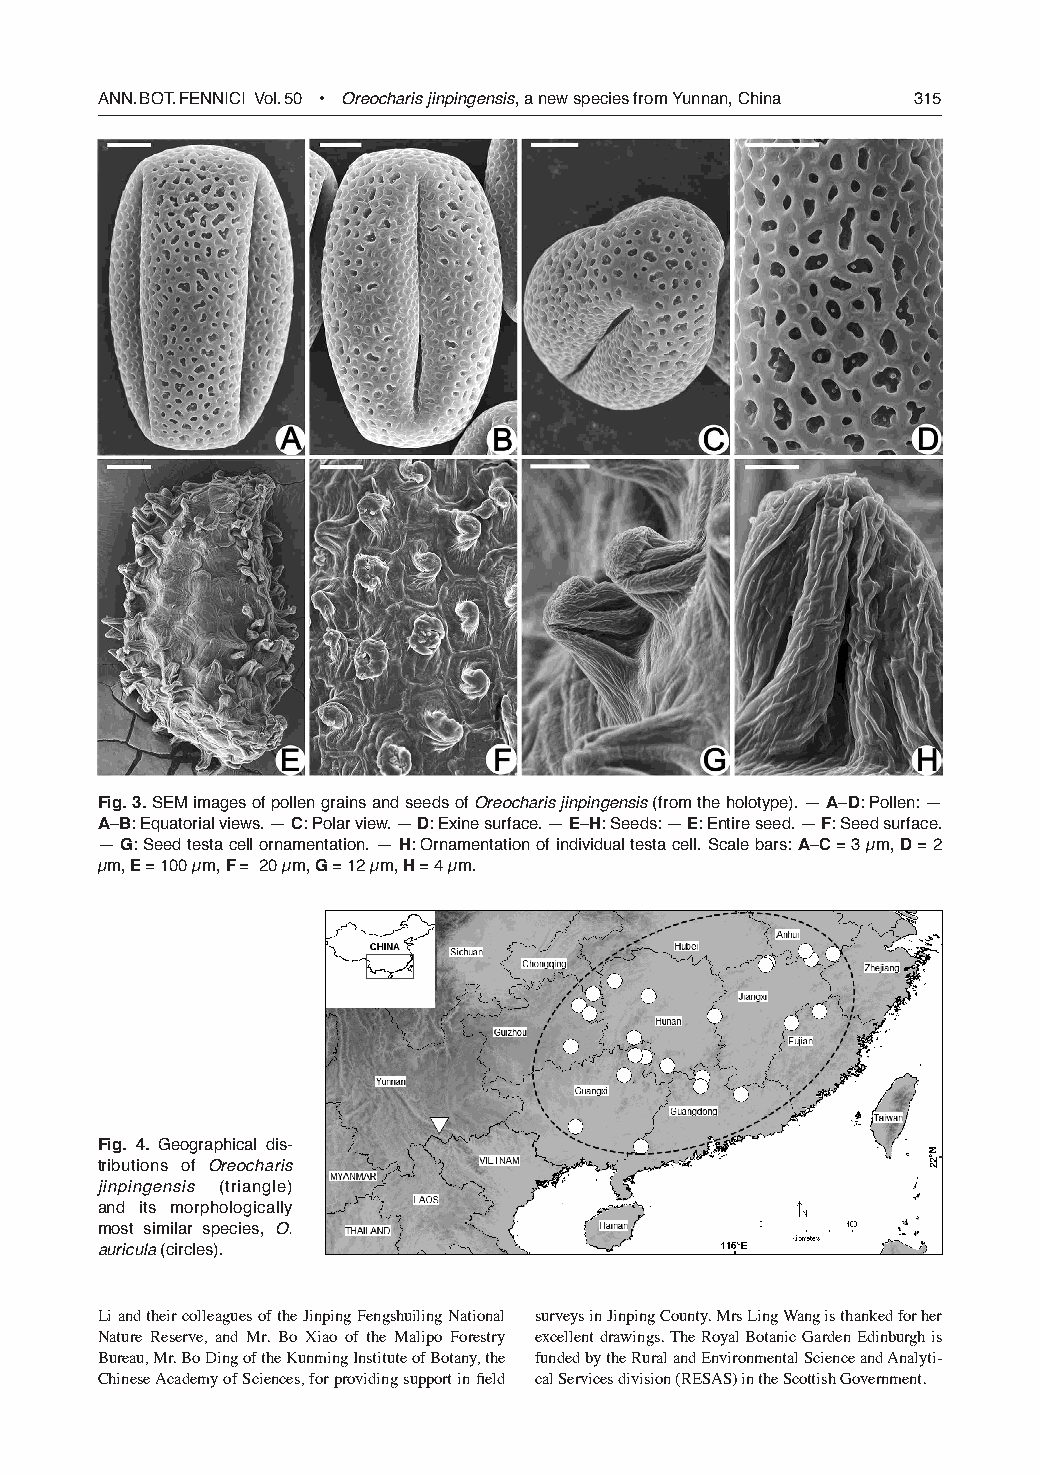
ANN. BOT. FeNNICI Vol. 50 • Oreocharis jinpingensis, a new species from Yunnan, China 315
 Fig. 3. SeM images of pollen grains and seeds of Oreocharis jinpingensis (from the holotype). — A–D: Pollen: —
 A–B: equatorial views. — C: Polar view. — D: exine surface. — E–H: Seeds: — E: entire seed. — F: Seed surface.
 — G: Seed testa cell ornamentation. — H: Ornamentation of individual testa cell. Scale bars: A–C = 3 µm, D = 2
 µm, E = 100 µm, F = 20 µm, G = 12 µm, H = 4 µm.
 Fig. 4. Geographical dis-
 tributions of Oreocharis
 jinpingensis (triangle)
 and its morphologically
 most similar species, O.
 auricula (circles).
 Li and their colleagues of the Jinping Fengshuiling National surveys in Jinping County. Mrs Ling Wang is thanked for her
 Nature Reserve, and Mr. Bo Xiao of the Malipo Forestry excellent drawings. The Royal Botanic Garden Edinburgh is
 Bureau, Mr. Bo Ding of the Kunming Institute of Botany, the funded by the Rural and Environmental Science and Analyti-
 Chinese Academy of Sciences, for providing support in field cal Services division (RESAS) in the Scottish Government.